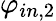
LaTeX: \varphi_{in,2}